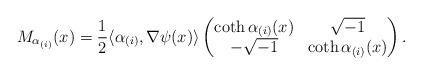
LaTeX: \begin{align*}M_{\alpha_{(i)}}(x) = \frac{1}{2}\langle\alpha_{(i)},\nabla \psi(x)\rangle\begin{pmatrix}\coth\alpha_{(i)}(x) & \sqrt{-1} \\-\sqrt{-1} & \coth\alpha_{(i)}(x) \\\end{pmatrix}.\end{align*}